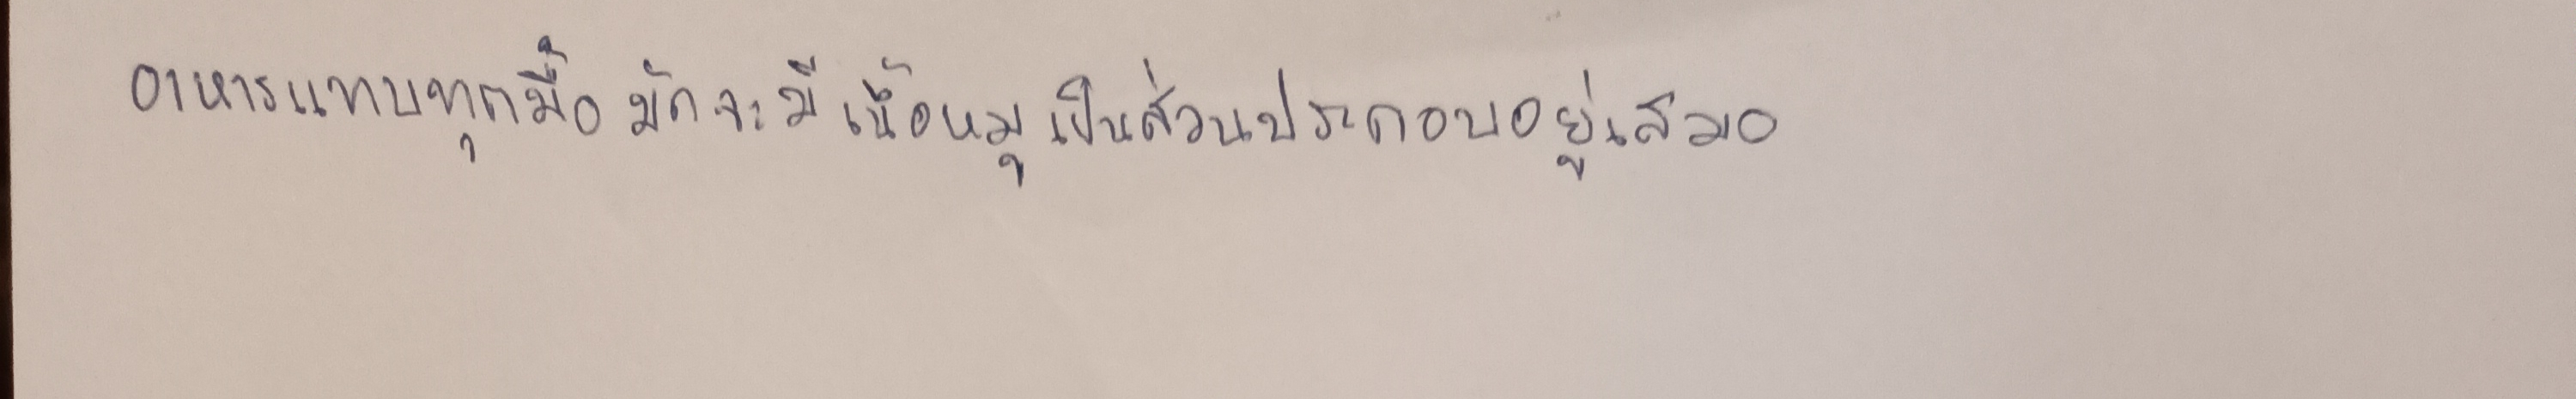
อาหารแทบทุกมื้อมักจะมีเนื้อหมูเป็นส่วนประกอบอยู่เสมอ